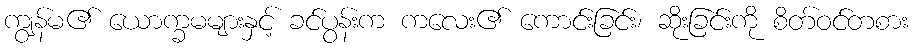
ကျွန်မ၏ ယောက္ခမများနှင့် ခင်ပွန်းက ကလေး၏ ကောင်းခြင်း၊ ဆိုးခြင်းကို စိတ်ဝင်တစား